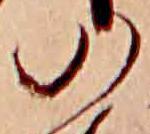
の